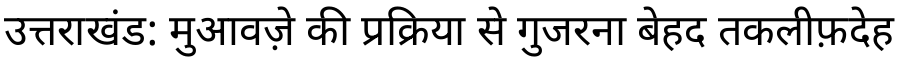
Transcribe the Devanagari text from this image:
उत्तराखंड: मुआवज़े की प्रक्रिया से गुजरना बेहद तकलीफ़देह